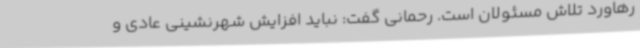
رهاورد تلاش مسئولان است. رحمانی گفت: نباید افزایش شهرنشینی عادی و